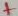
Text: +